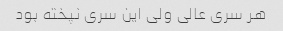
هر سری عالی ولی این سری نپخته بود